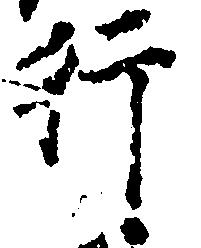
行